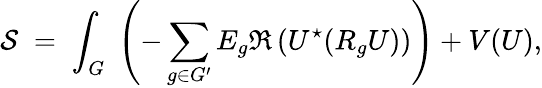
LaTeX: {\cal S}\; =\; \int_{G}\; \left(-\sum_{g\in G^{\prime}}E_{g}\Re\left(U^{\star}(R_{g}U)\right)\right)+V(U),